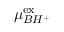
\mu _ { B H ^ { + } } ^ { \mathrm { { e x } } }